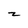
Character: z